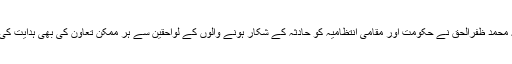
راجہ محمد ظفرالحق نے حکومت اور مقامی انتظامیہ کو حادثہ کے شکار ہونے والوں کے لواحقین سے ہر ممکن تعاون کی بھی ہدایت کی ہے۔